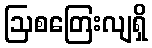
ဩစတြေးလျရှိ